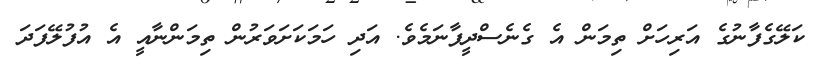
ކަލޭގެފާނުގެ އަރިހަށް ތިމަން އެ ގެނެސްދީފާނަމެވެ. އަދި ހަމަކަށަވަރުން ތިމަންނާއީ އެ އުފުލޭފަދަ